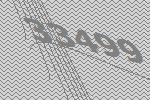
33499